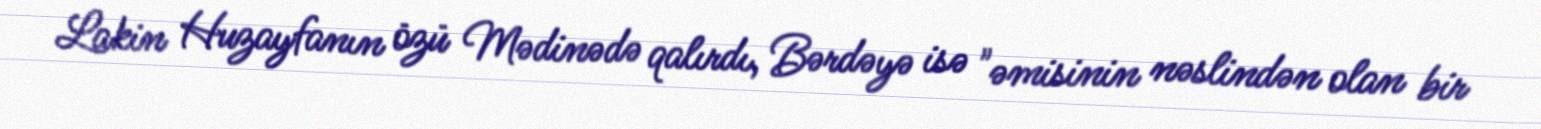
Lakin Huzayfanın özü Mədinədə qalırdı, Bərdəyə isə "əmisinin nəslindən olan bir